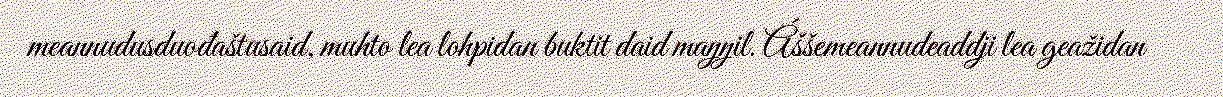
meannudusduođaštusaid, muhto lea lohpidan buktit daid maŋŋil. Áššemeannudeaddji lea geažidan